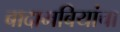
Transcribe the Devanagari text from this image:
बादामबियांचा